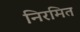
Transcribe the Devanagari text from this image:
निरमित